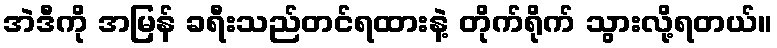
အဲဒီကို အမြန် ခရီးသည်တင်ရထားနဲ့ တိုက်ရိုက် သွားလို့ရတယ်။